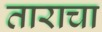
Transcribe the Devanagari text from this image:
ताराचा